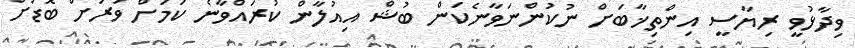
ވިދާޅުވީ ރިޔާސީ އިންތިޚާބަށް ނުކުންނަވާނެކަން ބުޝް އިއުލާން ކުރައްވާނެ ކަމަށް ވަރަށް ބޮޑަށް